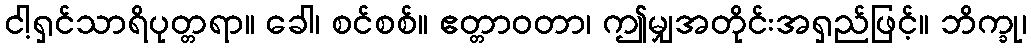
ငါ့ရှင်သာရိပုတ္တရာ။ ခေါ၊ စင်စစ်။ ဧတ္တာဝတာ၊ ဤမျှအတိုင်းအရှည်ဖြင့်။ ဘိက္ခု၊